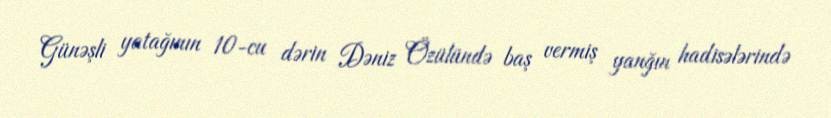
Günəşli yatağının 10-cu dərin Dəniz Özülündə baş vermiş yanğın hadisələrində